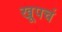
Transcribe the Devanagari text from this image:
खूपचं